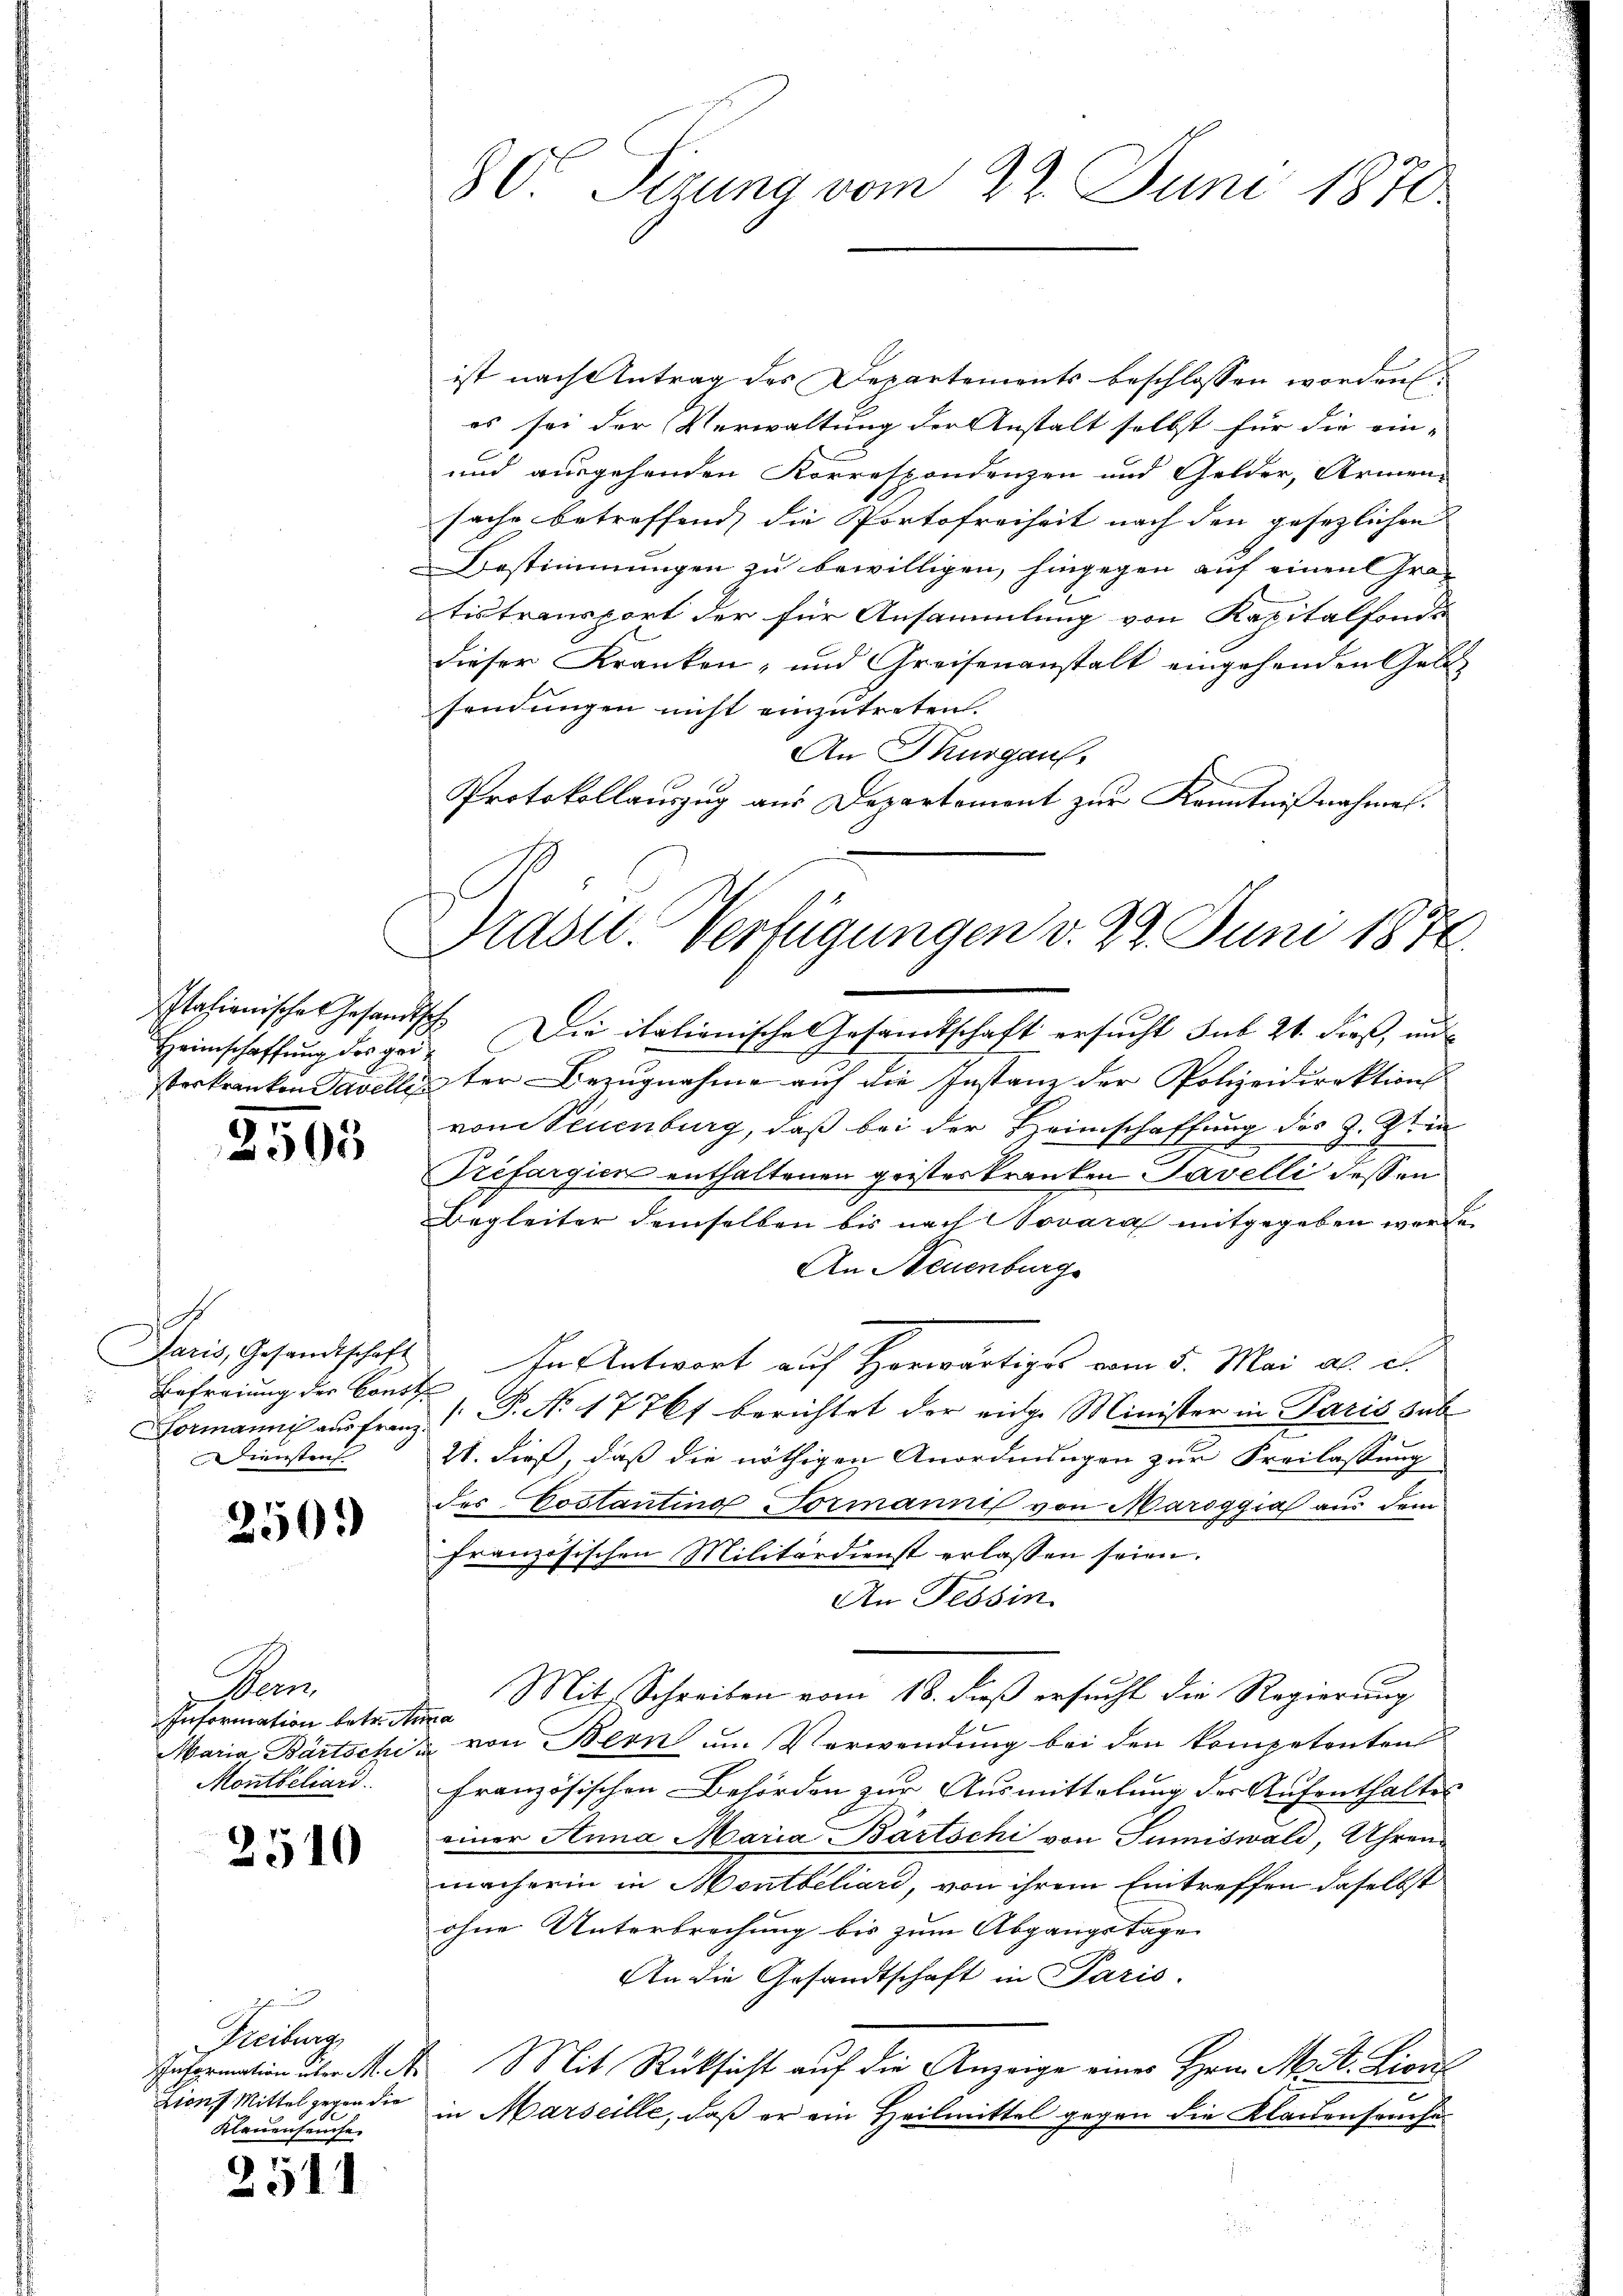
Italienisches Gesandts
Heimschaffung des geierkranken Savelle

2505

s
Paris, Gesandtschaft
Befreiung der Const
Formanne aus Franz.
iensten

250.

Pon
Information betr. An
Maria Bartschu
Montbeliari

2510

Heilung
schniformation über M. A.
Zron Mittel gegen die
Klauenseuche

2511

ist nach Antrag des Departements beschlossen worden
es sei der Verwaltung der Anstalt selbst für die ein-
und ausgehenden Korrespondenzen und Gelder, Armen-
sache betreffend die Portofreiheit nach den gesezlichen
Bestimmungen zu bewilligen, hingegen auf einen Gratistransport der für Ansammlung von Kapitalfonds
dieser Kranken- und Greisenanstalt eingehenden Geld-
sendungen nicht einzutreten.
An Thurgau.
Protokollauszug aus Departement zur Kenntnißnahmen.

80. Sizung vom 22. Juni 1870

Graser-Verfügungen d. 22. Juni 1874

t
f

.
Die italienische Gesandtschaft ersucht sub 21. dieß, und
ster Bezugnahme auf die Instanz der Polizeidirektions
vom Neuenburg, daß bei der Heimschaffung des Z. Zin
E
Trefargien enthaltenen geister kranken Savelli dessen
Begleiter demselben bis nach Novara mitgegeben werde.
An Neuenburg
In Antwort auf Horwärtiges vom 5. Mai a. c.
[ P. No 17767 berichtet der eige Minister in Paris sub
21. dieß, daß die nöthigen Anordnungen zur Freilassung
des Costanting Normanni von Maroggia aus dem
französischen Militärdienst erlassen seien.
An Tessin.
Mit Schreiben vom 18. dieß ersucht die Regierung
10
von Bern um Verwendung bei den kompetenten
Französischen Behörden zur Ausmittelung der Aufenthaltes
einer Anna Maria Bartschi von Sumiswald, Uhren-
macherin in Montbeliard, von ihrem Eintreffen daselbst
ohne Unterbrechung bis zum Abgangstage
An die Gesandtschaft in Paris.
Mit Rücksicht auf die Anzeige eines Hrn. M. St. Lien
in Marseille, daß er ein Heilmittel gegen die Klauenseuchen